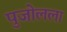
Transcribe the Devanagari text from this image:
पुजोलला